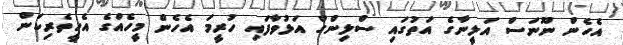
އެހެން ނޫނަސް އަލީނާގެ އަތުގައި ސްލިންގް އަޅުވާފައި ހުރީމަ އެހެން މީހެއްގެ އެހީތެރިކަން